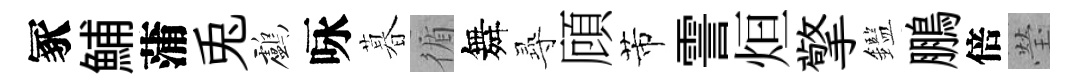
冢鯆蒲兎鸕咏暮循舞𡬶頋芾霅烜擎鑑鵬倍瑩